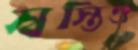
স্বস্তিও